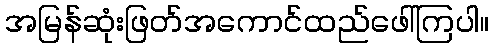
အမြန်ဆုံးဖြတ်အကောင်ထည်ဖေါ်ကြပါ။